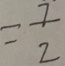
= \frac { 7 } { 2 }